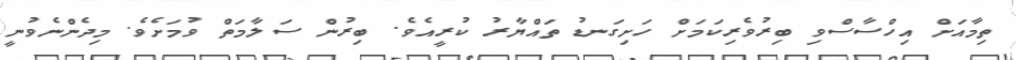
ތިމާއަށް އިހްސާސްވި ބިރުވެރިކަމަށް ހަށިގަނޑު ތައްޔާރު ކުރީއެވެ. ބިރުން ސަލާމަތް ވުމަށެވެ. މިދެންނެވުނީ